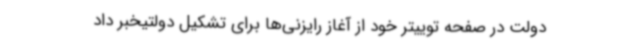
دولت در صفحه توییتر خود از آغاز رایزنی‌ها برای تشکیل دولتیخبر داد